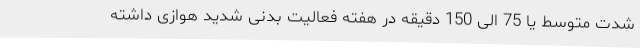
شدت متوسط یا 75 الی 150 دقیقه در هفته فعالیت بدنی شدید هوازی داشته